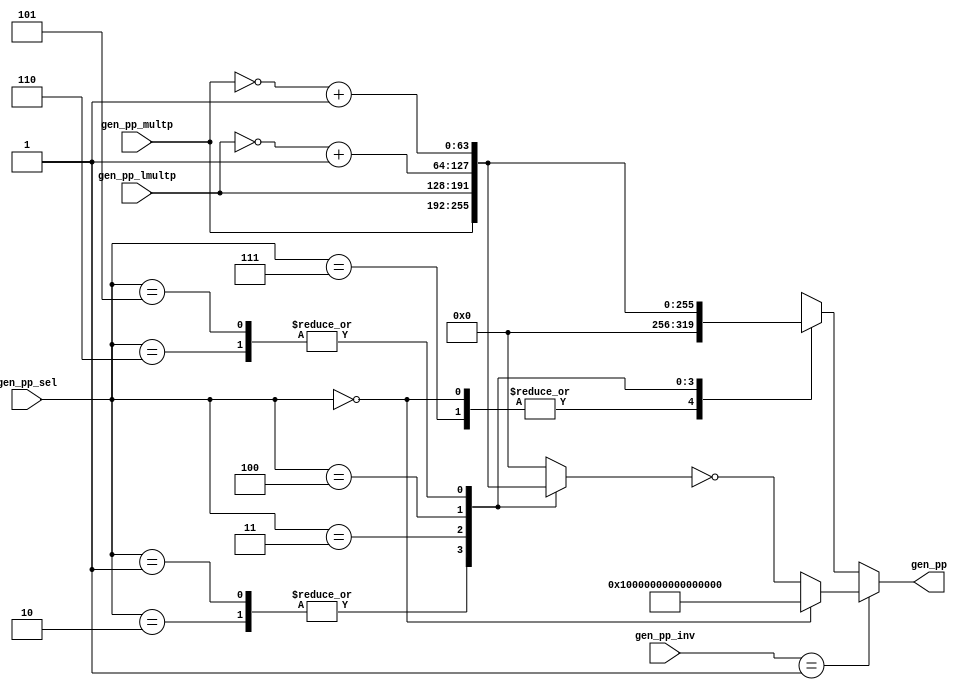
module module_gen_pp(gen_pp_multp,
		     gen_pp_lmultp,
		     gen_pp_sel,
		     gen_pp_inv,
		     gen_pp);
  // value method gen_pp
  input  [63 : 0] gen_pp_multp;
  input  [63 : 0] gen_pp_lmultp;
  input  [2 : 0] gen_pp_sel;
  input  [31 : 0] gen_pp_inv;
  output [63 : 0] gen_pp;

  // signals for module outputs
  wire [63 : 0] gen_pp;

  // remaining internal signals
  reg [63 : 0] IF_gen_pp_sel_EQ_1_OR_gen_pp_sel_EQ_2_THEN_gen_ETC___d18,
	       _theResult____h25;
  wire [63 : 0] result__h28, result__h55, result__h67;

  // value method gen_pp
  assign gen_pp = (gen_pp_inv == 32'd1) ? result__h28 : _theResult____h25 ;

  // remaining internal signals
  assign result__h28 =
	     (gen_pp_sel == 3'd0) ?
	       64'hFFFFFFFFFFFFFFFF :
	       ~IF_gen_pp_sel_EQ_1_OR_gen_pp_sel_EQ_2_THEN_gen_ETC___d18 ;
  assign result__h55 = ~gen_pp_lmultp + 64'd1 ;
  assign result__h67 = ~gen_pp_multp + 64'd1 ;
  always@(gen_pp_sel or
	  gen_pp_multp or gen_pp_lmultp or result__h55 or result__h67)
  begin
    case (gen_pp_sel)
      3'd0, 3'd7: _theResult____h25 = 64'b0;
      3'd1, 3'd2: _theResult____h25 = gen_pp_multp;
      3'd3: _theResult____h25 = gen_pp_lmultp;
      3'd4: _theResult____h25 = result__h55;
      3'd5, 3'd6: _theResult____h25 = result__h67;
    endcase
  end
  always@(gen_pp_sel or
	  gen_pp_multp or gen_pp_lmultp or result__h55 or result__h67)
  begin
    case (gen_pp_sel)
      3'd1, 3'd2:
	  IF_gen_pp_sel_EQ_1_OR_gen_pp_sel_EQ_2_THEN_gen_ETC___d18 =
	      gen_pp_multp;
      3'd3:
	  IF_gen_pp_sel_EQ_1_OR_gen_pp_sel_EQ_2_THEN_gen_ETC___d18 =
	      gen_pp_lmultp;
      3'd4:
	  IF_gen_pp_sel_EQ_1_OR_gen_pp_sel_EQ_2_THEN_gen_ETC___d18 =
	      result__h55;
      3'd5, 3'd6:
	  IF_gen_pp_sel_EQ_1_OR_gen_pp_sel_EQ_2_THEN_gen_ETC___d18 =
	      result__h67;
      default: IF_gen_pp_sel_EQ_1_OR_gen_pp_sel_EQ_2_THEN_gen_ETC___d18 =
		   64'b0;
    endcase
  end
endmodule